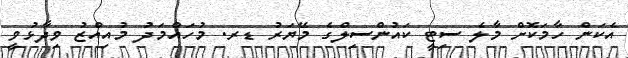
އެކަން ހާމަކޮށް މާލެ ސިޓީ ކައުންސިލްގެ މޭޔަރު ޑރ. މުހައްމަދު މުއިއްޒު ވިދާޅުވީ